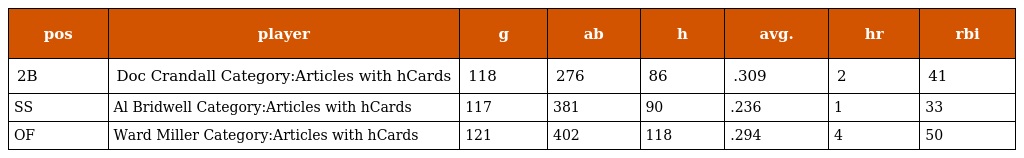
| pos | player | g | ab | h | avg. | hr | rbi |
 | --- | --- | --- | --- | --- | --- | --- | --- |
 | 2B | Doc Crandall Category:Articles with hCards | 118 | 276 | 86 | .309 | 2 | 41 |
 | SS | Al Bridwell Category:Articles with hCards | 117 | 381 | 90 | .236 | 1 | 33 |
 | OF | Ward Miller Category:Articles with hCards | 121 | 402 | 118 | .294 | 4 | 50 |